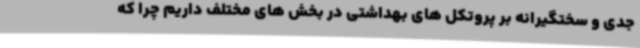
جدی و سختگیرانه بر پروتکل های بهداشتی در بخش های مختلف داریم چرا که